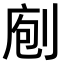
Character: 𠝇